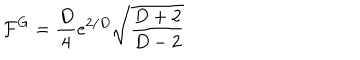
\mathcal { F } ^ { G } = \frac { D } { 4 } e ^ { 2 / D } \sqrt { \frac { D + 2 } { D - 2 } }